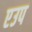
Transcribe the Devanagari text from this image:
एउप